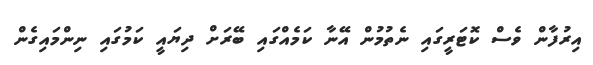
އިރުފާން ވެސް ކޮޓަރީގައި ނެތުމުން އޭނާ ކަމެއްގައި ބޭރަށް ދިޔައީ ކަމުގައި ނިންމައިގެން